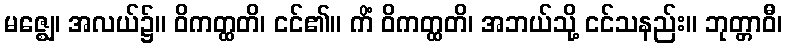
မဇ္ဈေ၊ အလယ်၌။ ဝိကတ္ထတိ၊ ငင်၏။ ကိံ ဝိကတ္ထတိ၊ အဘယ်သို့ ငင်သနည်း။ ဘုတ္တာဝီ၊